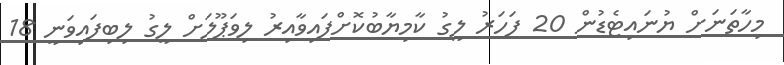
މިހާތަނަށް ޔުނައިޓެޑުން 20 ފަހަރު ލީގު ކާމިޔާބުކޮށްފައިވާއިރު ލިވަޕޫލަށް ލީގު ލިބިފައިވަނީ 18